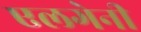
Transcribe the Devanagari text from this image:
एलगेनी